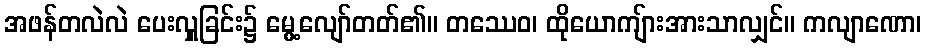
အဖန်တလဲလဲ ပေးလှူခြင်း၌ မွေ့လျော်တတ်၏။ တဿေဝ၊ ထိုယောကျ်ားအားသာလျှင်။ ကလျာဏော၊